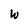
Character: W